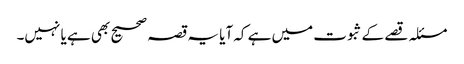
مسئلہ قصے کے ثبوت میں ہے کہ آیا یہ قصہ صحیح بھی ہے یا نہیں۔